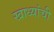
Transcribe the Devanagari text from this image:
खाध्यांची